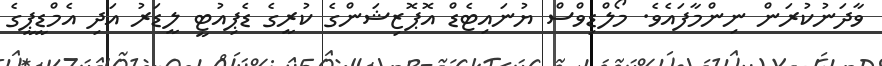
ވާދަނުކުރަން ނިންމާފައެވެ. މޯލްޑިވްސް ޔުނައިޓެޑް އޮޕޮޒިޝަންގެ ކުރީގެ ޑެޕިއުޓީ ލީޑަރު އަދި އެމްޑީޕީގެ